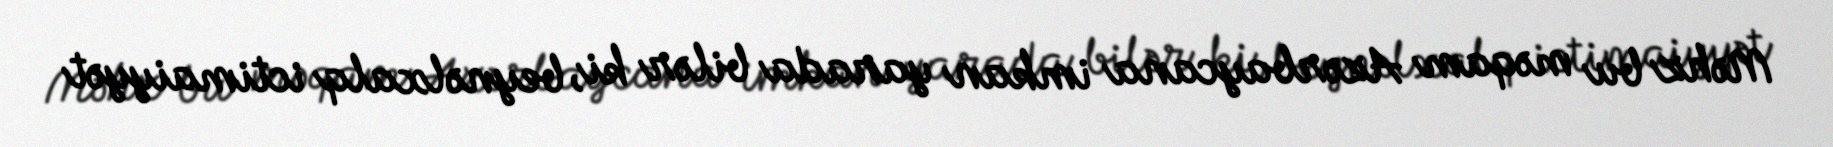
Məhz bu məqam Azərbaycana imkan yarada bilər ki, beynəlxalq ictimaiyyət